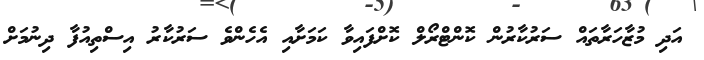
އަދި މުޒާހަރާތައް ސަރުކާރުން ކޮންޓްރޯލް ކޮށްފައިވާ ކަމަށާއި އެހެންވެ ސަރުކާރު އިސްތިއުފާ ދިނުމަށް